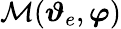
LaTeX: \mathcal{M}(\boldsymbol{\vartheta}_{e},\boldsymbol{\varphi})